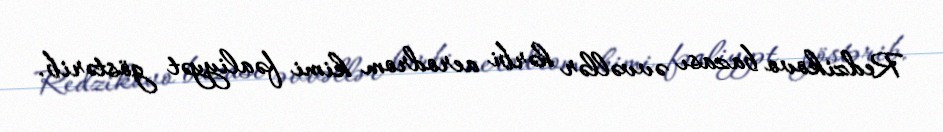
Redzikovo bazası əvvəllər hərbi aerodrom kimi fəaliyyət göstərib.